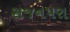
સજનપરા